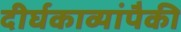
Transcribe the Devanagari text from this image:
दीर्घकाव्यांपैकी